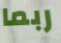
ربما